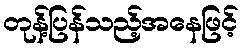
တုန့်ပြန်သည့်အနေဖြင့်